Vital statistics of India. Vol. VI, European troops 1870-79
Year: 1870
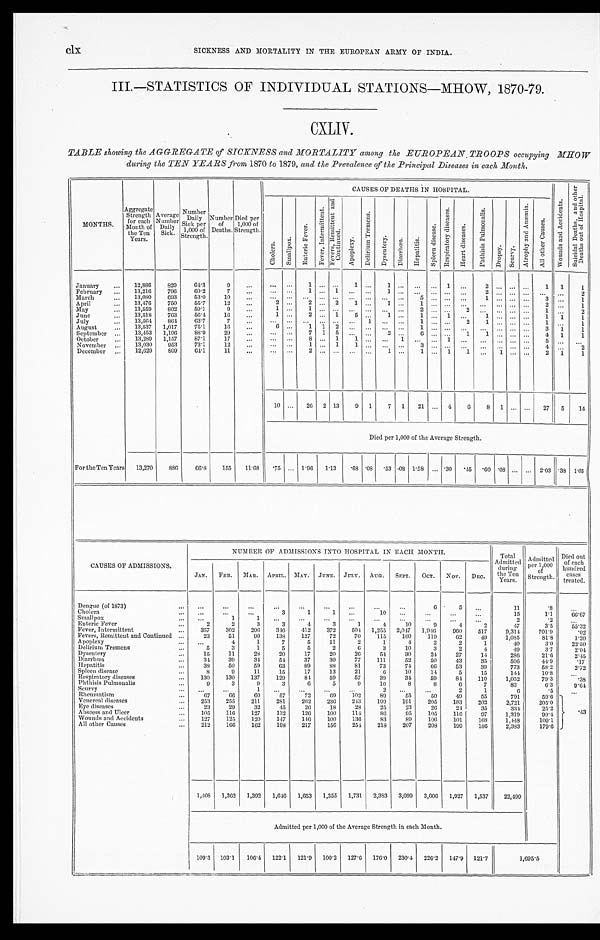
clx
SICKNESS AND MORTALITY IN THE EUROPEAN ARMY OF INDIA.
III.—STATISTICS OF INDIVIDUAL STATIONS-MHOW, 1870-79.
CXLIV.
TABLE showing the AGGREGATE of SICKNESS and MORTALITY among the EUROPEAN TROOPS occupying
MHOW during the TEN YEARS from 1870 to 1879, and the Prevalence of the Principal Diseases in each Month.
MONTHS.
Aggregate Strength for each
Month of
the Ten
Years.
Average Number Daily Si ck.
Number Daily S i c k p e r
1 , 0 0 0 o f S t r e n g t h . Number of
Deaths.
Died per
1, 000 of
Strength.
CAUSES OF DEATHS IN HOSPITAL.
W o u n d s a n d A c c i d e n t s .
S u i c i d a l D e a t h s , a n d o t h e r
D e a t h s o u t o f H o s p i t a l .
C h o l e r a .
S m a l l p o x .
E n t e r i c F e v e r .
F e v e r , I n t e r m i t t e n t . F e v e r , R e m i t t e n t a n d
C o n t i n u e d .
A p o p l e x y .
D e l i r i u m T r e m e n s .
D y s e n t e r y . D i a r r h œ a .
H e p a t i t i s .
S p l e e n d i s e a s e s . R e s p i r a t o r y d i s e a s e s .
H e a r t d i s e a s e s .
P h t h i s i s P u l m o n a l i s .
D r o p s y . S c u r v y .
A t r o p h y a n d A n æ m i a .
A l l o t h e r C a u s e s .
January
12,886 829 64.3 9
1
1
1
1
2
1 1 1
February
13,216 796 60.2 7
1
1
1
2
2
March
13,080 693 53.0 10
5
1
3
1
April
13,476 750 55.7 12
2
2
2 1
1
1
2
1
May
13,559 802 59.1
9
1
1
2
2
1
2
June
13,518 763 56.4 16
1
2
1 5
1
1
1
1
1 1
1
July
13,564 864
6 3 . 7 7
1
1
2
1
1
1
August
13,537 1,017
7 5 . 1
1 6
6
1 1 2
1
3 1
1
September
13,453 1,196 88.9
2 9
7 1 5
2
6
1 1
4 1
1
October
13,289 1,157 87.1 17
8
1 1
1
1
5
November
13,030 953 73.1 12
1
1 1
3
4
2
December
12,629
8 0 9 64.1 11
2
1
1
1 1
1
2 1 1
10
26 2 13 9 1 7 1 21
4 6 8 1
27 5 14
Died per 1,000 of the Average Strength.
For the Ten Years 13,270 886
6 6 . 8 155 11.68 .75
1.96
1 . 1 3
.68 .08 .53 .08 1.58
. 3 0 .45 .60 .08
2.03 .38 1 . 0 5
CAUSES OF ADMISSIONS
NUMBER OF ADMISSIONS INTO HOSPITAL IN EACH MONTH.
Total
Admitted during
the Ten
Years.
Admitted
per 1,000
of Strength.
Died out
of each
hundred cases
treated.
J AN. FEB. MAR. APRIL. MAY. JUNE. JULY. Y. AUG. SEPT. OCT. NOV. DEC.
Dengue (of 1873)
6 5
11
.8
Cholera
3
1
1
10
15
1.1 66. 67
Small pox
1 1
2
.2
Enteric Fever
2
3
3
4
3
1
4 10
9
4
2
47
3.5 55. 32
Fever, Intermittent
357 302 296 346 412 372 504 1,255 2,047 1,946 960 517 9,314, 701.9
.02
Fevers, Remittent and Continued
23 51 99 138 127 72
7 0
1 1 5
1 6 0
1 1 9
6 2 49 1,085
8 1 . 8
1 . 2 0
Apoplexy
4
1
7
5 11
2
1
4
2
2
1
40
3.0 22. 50
Delirium Tremens
5 3
1
5
5
2
6
3 10
3
2
4
49
3.7 2. 04
Dysentery
1 5 11 28 20 17 20 26 54 30 24 27 14
286 21.6 2. 45
Di arrhœa.
34 39 34 54 37 30 77 111 52 50 43 35
596 44.9 .17
Hepatitis
38 50 59 63 89 88 81 73 74 66 53 39
773 58.2 2. 72
Spleen disease
8
9 11 15 17 ]3 21
6
1 0 14
5 15
144
1 0 . 8
Respiratory diseases
1 3 0 130 137 129 84 59 57 39 34 59 84 110 1,052
79.3
.38
Phthisis Pulmoualis
9
3
9 3
6
5
9 10
8
8
6
7
83
6.3
9. 64
Scurvy
1
2
2
1
6
.5
Rheumatism
6 7 66 60 57 72
6 9 102 89 55 50 49 55
791
59.6
.43
Venereal diseases
253 255 211. 281 262 236 243 199 191 205 183 202 2,721 205.0
Eye diseases
23 29 32 45 26 18 28 25
2 3 26
2 4 35
334
2 5 . 2
Abscess and Ulcer
105 116 127 132 126 100 114 86
9 5
1 0 5
1 1 6 97 1,319 9 9 . 4
Wounds and Accidents
127 125 120 147 146 100 136 83 89 106 101 168 1,448 109.1
All other Causes
212 166 162 198 217 156 254 218 207 208 199 186 2,383 179.6
1,403 1,362 1,392 1,646 1,653 1,355 1,731 2,383 3,099 3,006 1,927 1,537 22,499
Admitted per 1,000 of the Average Strength in each Month.
109.3 103.1 106.4 122.1 121.9 100.2 127.6 176.0 230.4 226. 2 147.9 121.7
1, 695. 5